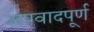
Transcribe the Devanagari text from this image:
अपवादपूर्ण